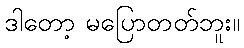
ဒါတော့ မပြောတတ်ဘူး။